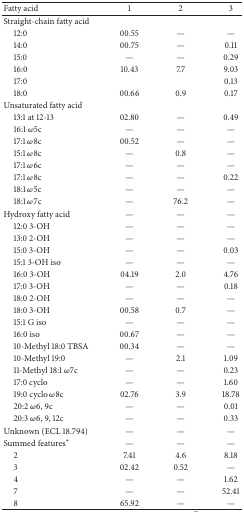
| Fatty acid | 1 | 2 | 3 |
 | --- | --- | --- | --- |
 | Straight-chain fatty acid |  |  |  |
 | 12:0 | 00.55 | — | — |
 | 14:0 | 00.75 | — | 0.11 |
 | 15:0 | — | — | 0.29 |
 | 16:0 | 10.43 | 7.7 | 9.03 |
 | 17:0 |  |  | 0.13 |
 | 18:0 | 00.66 | 0.9 | 0.17 |
 | Unsaturated fatty acid |  |  |  |
 | 13:1 at 12-13 | 02.80 | — | 0.49 |
 | 16:1 ω5c | — | — | — |
 | 17:1 ω8c | 00.52 | — | — |
 | 15:1 ω8c | — | 0.8 | — |
 | 17:1 ω6c | — | — | — |
 | 17:1 ω8c | — | — | 0.22 |
 | 18:1 ω5c | — | — | — |
 | 18:1 ω7c | — | 76.2 | — |
 | Hydroxy fatty acid | — | — | — |
 | 12:0 3-OH | — | — | — |
 | 13:0 2-OH | — | — | — |
 | 15:0 3-OH | — | — | 0.03 |
 | 15:1 3-OH iso | — | — | — |
 | 16:0 3-OH | 04.19 | 2.0 | 4.76 |
 | 17:0 3-OH | — | — | 0.18 |
 | 18:0 2-OH | — | — | — |
 | 18:0 3-OH | 00.58 | 0.7 | — |
 | 15:1 G iso | — | — | — |
 | 16:0 iso | 00.67 | — | — |
 | 10-Methyl 18:0 TBSA | 00.34 | — | — |
 | 10-Methyl 19:0 | — | 2.1 | 1.09 |
 | 11-Methyl 18:1 ω7c | — | — | 0.23 |
 | 17:0 cyclo | — | — | 1.60 |
 | 19:0 cyclo ω8c | 02.76 | 3.9 | 18.78 |
 | 20:2 ω6, 9c | — | — | 0.01 |
 | 20:3 ω6, 9, 12c | — | — | 0.33 |
 | Unknown (ECL 18.794) | — | — | — |
 | Summed features* | — | — | — |
 | 2 | 7.41 | 4.6 | 8.18 |
 | 3 | 02.42 | 0.52 | — |
 | 4 | — | — | 1.62 |
 | 7 | — | — | 52.41 |
 | 8 | 65.92 | — | — |